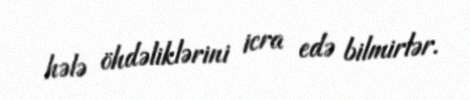
hələ öhdəliklərini icra edə bilmirlər.